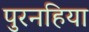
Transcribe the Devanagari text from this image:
पुरनहिया